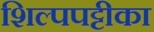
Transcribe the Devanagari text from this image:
शिल्पपट्टीका